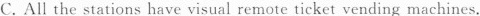
C. All the stations have visual remote ticket vending machines.